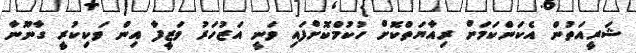
ޝަރީއަތުން އެކަންކަމަށް ރިއާޔަތްކޮށް ހުކުމްކޮށްފައި ވަނީ އަޒުހަރު ވަޒީފާ އިން ވަކިކުރީ ގާނޫނާ